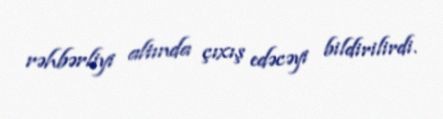
rəhbərliyi altında çıxış edəcəyi bildirilirdi.